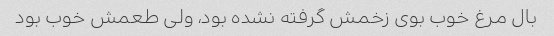
بال مرغ خوب بوی زخمش گرفته نشده بود، ولی طعمش خوب بود